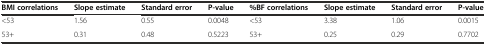
| BMI correlations | Slope estimate | Standard error | P-value | %BF correlations | Slope estimate | Standard error | P-value |
 | --- | --- | --- | --- | --- | --- | --- | --- |
 | <53 | 1.56 | 0.55 | 0.0048 | <53 | 3.38 | 1.06 | 0.0015 |
 | 53+ | 0.31 | 0.48 | 0.5223 | 53+ | 0.25 | 0.29 | 0.7702 |